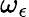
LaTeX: \omega_{\epsilon}